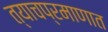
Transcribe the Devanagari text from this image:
त्याचप्रमाणात